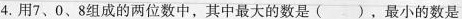
( )。